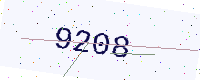
Text: 9208